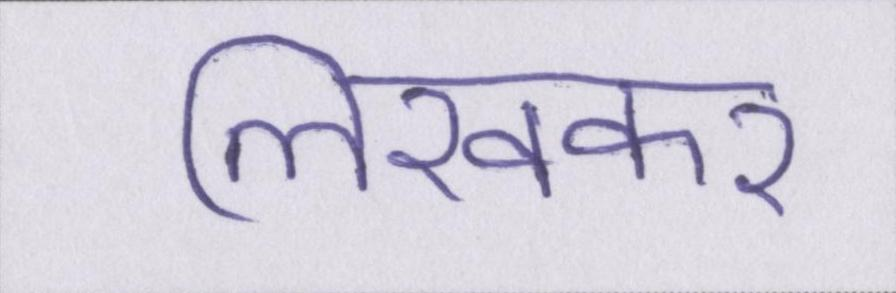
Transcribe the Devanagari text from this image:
लिखकर